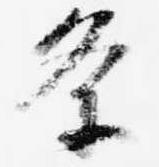
条